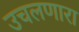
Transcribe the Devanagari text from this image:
उचलणारा